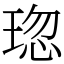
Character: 𤦏